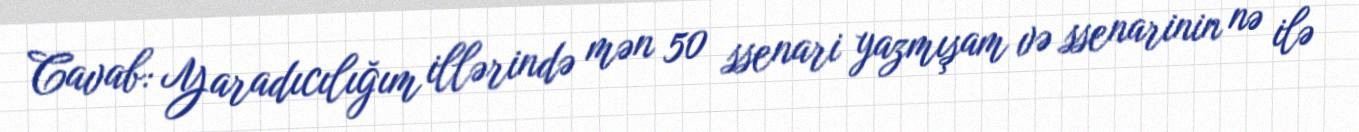
Cavab: Yaradıcılığım illərində mən 50 ssenari yazmışam və ssenarinin nə ilə